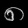
Digit: ၈